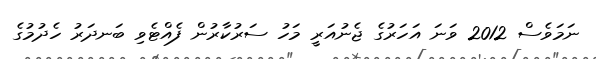
ނަމަވެސް 2012 ވަނަ އަހަރުގެ ޖެނުއަރީ މަހު ސަރުކާރުން ފެއްޓެވި ބަނދަރު ހެދުމުގެ